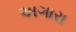
અગારા